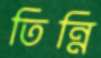
তিন্নি